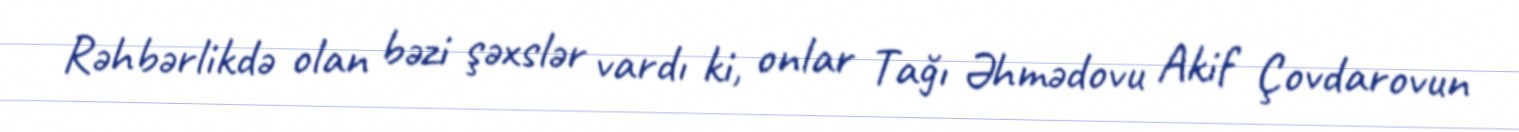
Rəhbərlikdə olan bəzi şəxslər vardı ki, onlar Tağı Əhmədovu Akif Çovdarovun